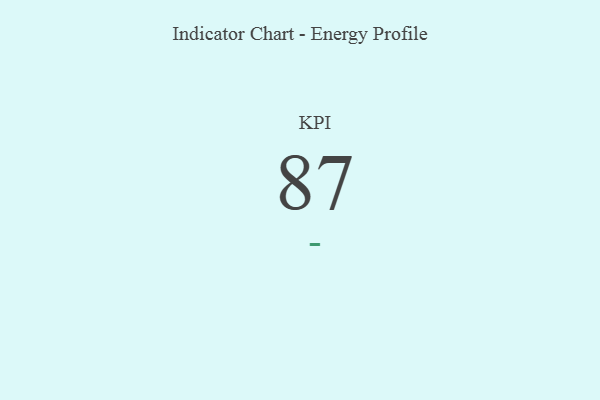
{"axis": {"x": "KPI", "y": "Value"}, "legend": [""], "data": [{"x": "KPI", "y": 87, "type": ""}]}